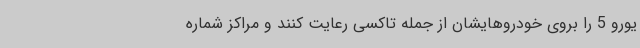
یورو 5 را بروی خودروهایشان از جمله تاکسی رعایت کنند و مراکز شماره